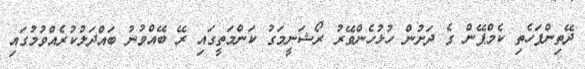
ދޭތިންފަހެތި ކެމްޕޭން ގެ ދަށުން ހުޅުހެންވޭރު ރޯޝަނީމަގު ކަންމަތީގައި ރޭ ބޭއްވުނު ބައްދަލުކުރެއްވުމުގައި